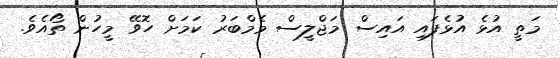
މަތީ އުޅެ އުޅެފައި އައިސް މަޖްލީސް މެމްބަރު ކަމަށް ހޮވޭ މީހުން ތޯއެވެ.